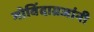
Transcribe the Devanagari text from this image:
गोविंदाग्रजांनी